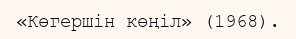
«Көгершін көңіл» (1968).